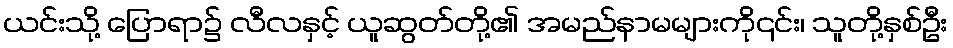
ယင်းသို့ ပြောရာ၌ လီလနှင့် ယူဆွတ်တို့၏ အမည်နာမများကို၎င်း၊ သူတို့နှစ်ဦး